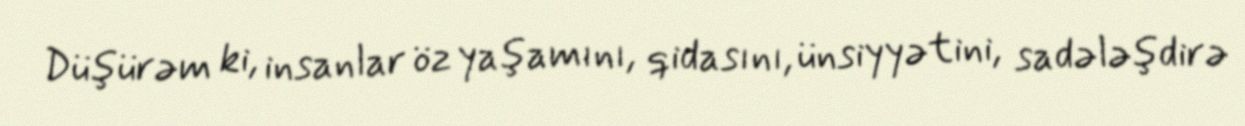
Düşürəm ki, insanlar öz yaşamını, qidasını, ünsiyyətini, sadələşdirə